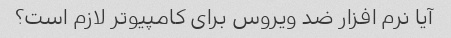
آیا نرم افزار ضد ویروس برای کامپیوتر لازم است؟